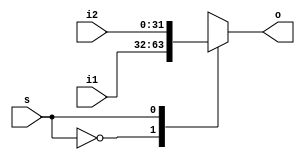
`timescale 1ns / 1ps
//////////////////////////////////////////////////////////////////////////////////
// Company: 
// Engineer: 
// 
// Design Name: 
// Module Name: MemtoReg
// Project Name: 
// Target Devices: 
// Tool Versions: 
// Description: 
// 
// Dependencies: 
// 
// Revision:
// Revision 0.01 - File Created
// Additional Comments:
// 
//////////////////////////////////////////////////////////////////////////////////


module MemtoReg_mux(
    input s,
    input [31:0] i1,
    input [31:0] i2,
    output reg [31:0] o
    );
    always@(*)
      begin
        case (s)
          1'b0: o = i1;
          1'b1: o = i2;
        endcase
      end
endmodule